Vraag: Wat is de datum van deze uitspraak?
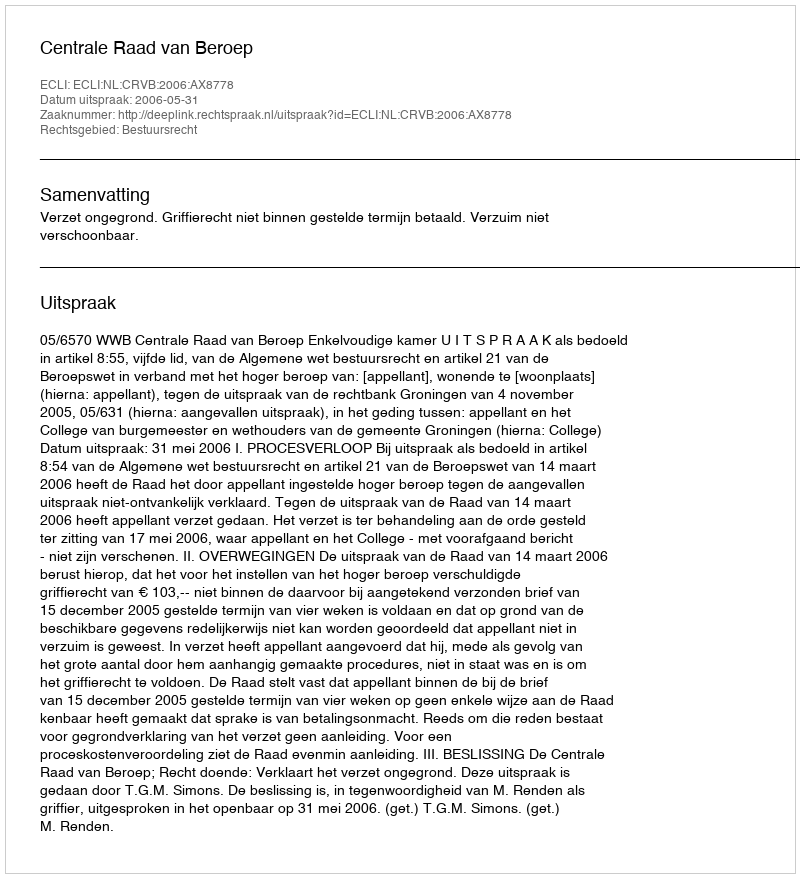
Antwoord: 2006-05-31